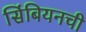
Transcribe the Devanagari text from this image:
सिंबियनची